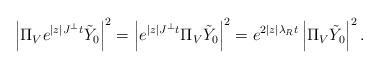
LaTeX: \begin{align*}\left|\Pi_V e^{|z| J^\perp t}\tilde{Y}_0\right|^2 & = \left|e^{|z| J^\perp t}\Pi_{V}\tilde{Y}_0\right|^2 = e^{2|z|\lambda_R t}\left|\Pi_{V}\tilde{Y}_0\right|^2.\end{align*}